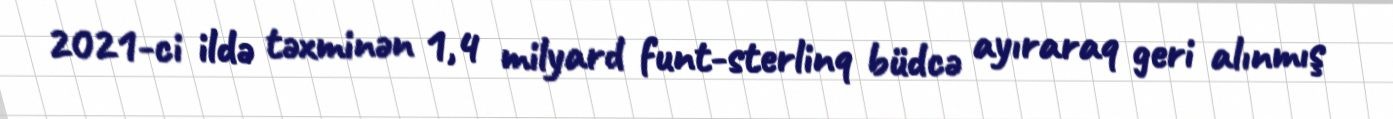
2021-ci ildə təxminən 1,4 milyard funt-sterlinq büdcə ayıraraq geri alınmış